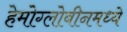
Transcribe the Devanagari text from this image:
हेमोग्लोबीनमध्ये